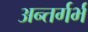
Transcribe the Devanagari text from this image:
अन्तर्गर्भ